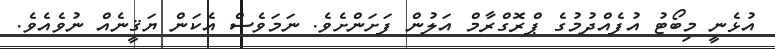
އުޅެނީ މިބޯޓު އުފެއްދުމުގެ ޕްރޮގްރާމް އަލުން ފަށަންށެވެ. ނަމަވެސް އެކަން ޔަޤީނެއް ނުވެއެވެ.